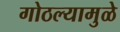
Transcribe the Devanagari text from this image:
गोठल्यामुळे